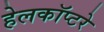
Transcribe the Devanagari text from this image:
हेलकॉप्टरे